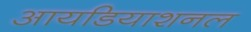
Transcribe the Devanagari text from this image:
आयडियाशनल